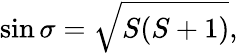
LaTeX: \sin\sigma=\sqrt{S(S+1)},